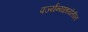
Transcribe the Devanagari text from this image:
पर्ज्यन्यछायेतील